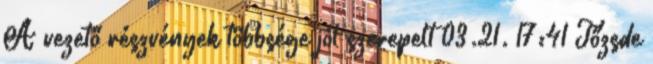
A vezető részvények többsége jól szerepelt 03.21. 17:41 Tőzsde